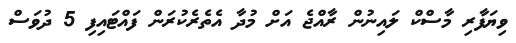
ވިޔަފާރި މާސްކް ލައިނުން ރާއްޖެ އަށް މުދާ އެތެރެކުރަން ފައްޓައިފި 5 ދުވަސް